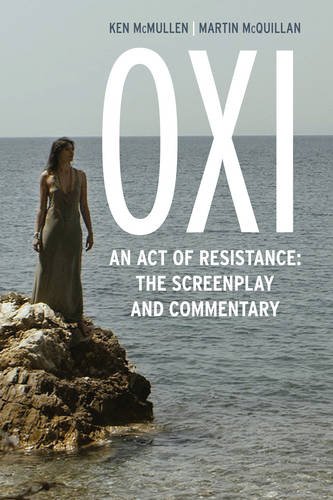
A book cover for Oxi: An Act of Resistance: The Screenplay and Commentary, Including interviews with Derrida, Cixous, Balibar and Negri; Ken McMullen; Humor & Entertainment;